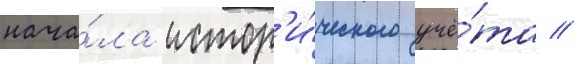
нача́ла истор'и́ческого учё́та //